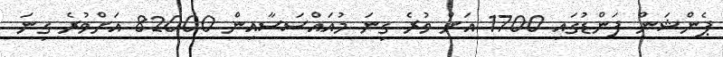
ޕެންޝަން ފަންޑުގައި 1700 އަށް ވުރެ ގިނަ މުއައްސަސާއިން 82000 އަށްވުރެ ގިނަ